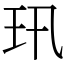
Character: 𤣲